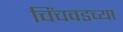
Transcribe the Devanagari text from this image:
चिंचवडच्या